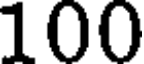
100